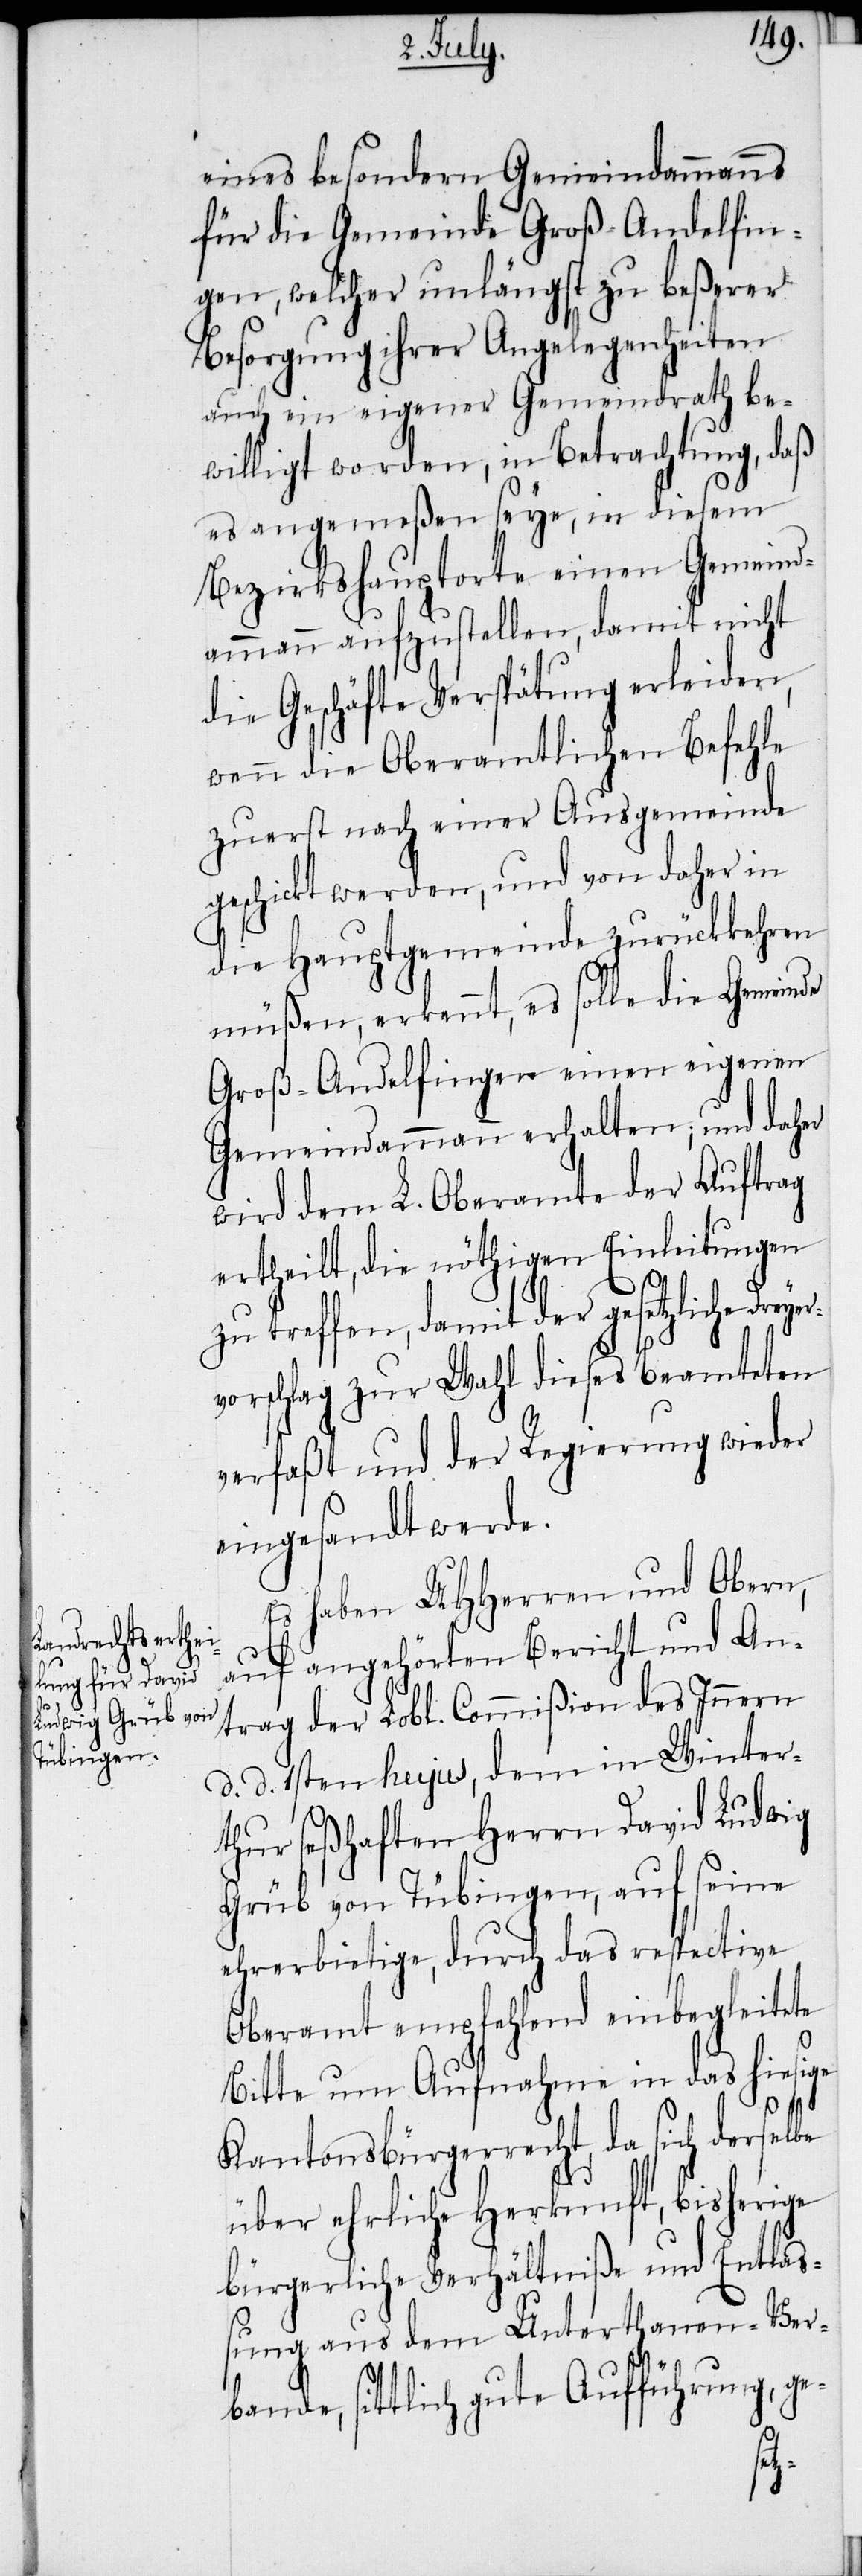
eines besondern Gemeindammanns
für die Gemeinde Groß-Andelfin¬
gen, welcher unlängst zu beßerer
Besorgung ihrer Angelegenheiten
auch ein eigener Gemeindrath be¬
willigt worden, in Betrachtung, daß
es angemeßen seye, in diesem
Bezirkshauptorte einen Gemeind¬
ammann aufzustellen, damit nicht
die Geschäfte Verspätung erleiden,
wenn die Oberamtlichen Befehle
zuerst nach einer Ausgemeinde
geschickt werden, und von daher in
die Hauptgemeinde zurückkehren
müßen, erkennt, es solle die Gemeinde
Groß-Andelfingen einen eigenen
Gemeindammann erhalten; und daher
wird dem L. Oberamte der Auftrag
ertheilt, die nöthigen Einleitungen
zu treffen, damit der gesetzliche Dreyer¬
vorschlag zur Wahl dieses Beamteten
verfaßt und der Regierung wieder
eingesandt werde.
Es haben UHHerren und Obern,
auf angehörten Bericht und An¬
trag der Lobl. Commißion des Innern
d. d. 1sten hujus, dem in Winter¬
thur seßhaften Herrn David Ludwig
Grüb von Tübingen, auf seine
ehrerbietige, durch das respective
Oberamt empfehlend einbegleitete
Bitte um Aufnahme in das hiesige
Kantonsbürgerrecht, da sich derselbe
über ehrliche Herkunft, bisherige
bürgerliche Verhältniße und Entlaß¬
ung aus dem Unterthanen-Ver¬
bande, sittlich gute Aufführung, ge-